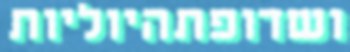
ושדופתהיוליות